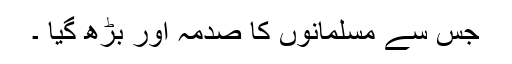
جس سے مسلمانوں کا صدمہ اور بڑھ گیا ۔